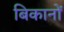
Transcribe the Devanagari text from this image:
बिकानों